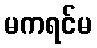
မကရင်မ